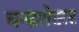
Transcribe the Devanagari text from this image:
चन्‍द्रशेखर